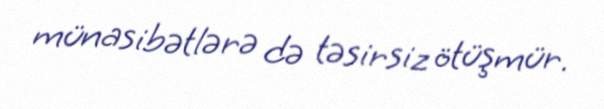
münasibətlərə də təsirsiz ötüşmür.